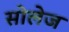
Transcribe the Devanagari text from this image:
सोलेज